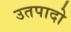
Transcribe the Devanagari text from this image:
उतपादो